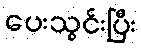
ပေးသွင်းပြီး